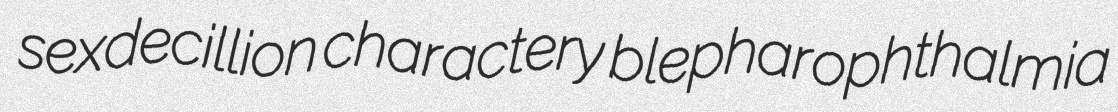
sexdecillion charactery blepharophthalmia